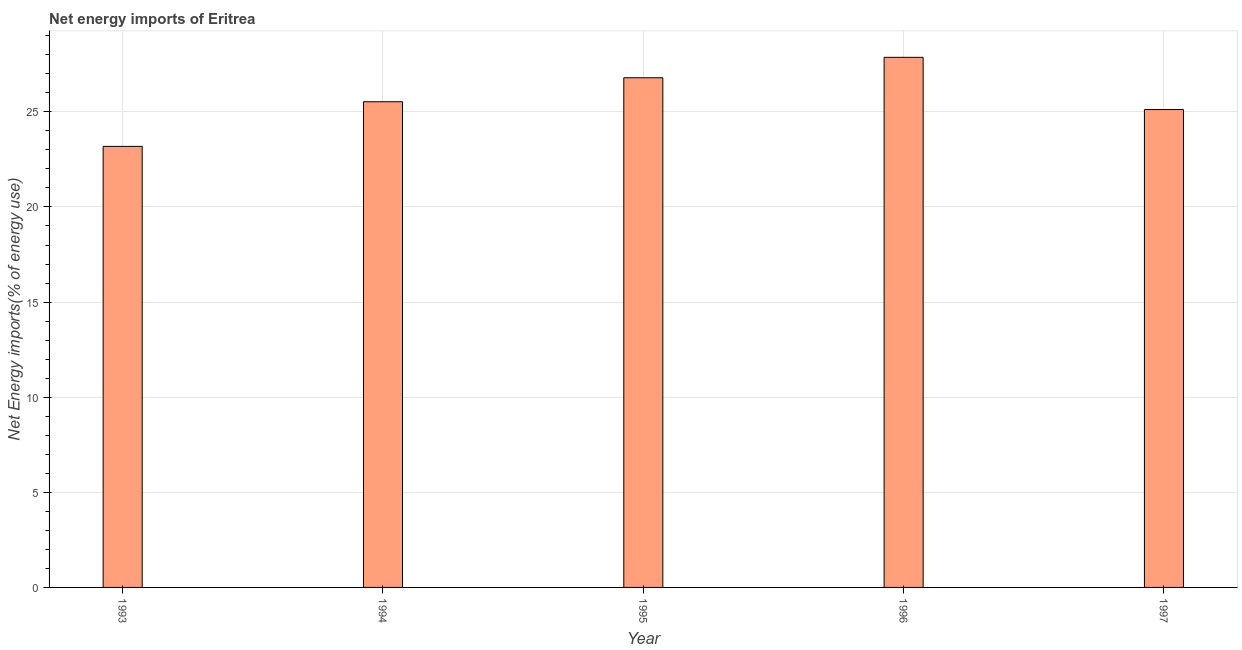
| Year | Energy imports |
 | --- | --- |
 | 1993 | 23.2 |
 | 1994 | 25.5 |
 | 1995 | 26.8 |
 | 1996 | 27.9 |
 | 1997 | 25.1 |